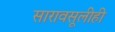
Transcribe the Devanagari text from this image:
सारावसूलीही